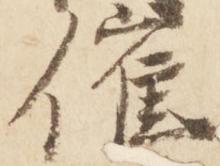
催